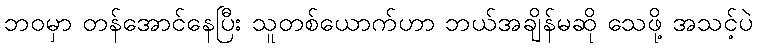
ဘဝမှာ တန်အောင်နေပြီး သူတစ်ယောက်ဟာ ဘယ်အချိန်မဆို သေဖို့ အသင့်ပဲ